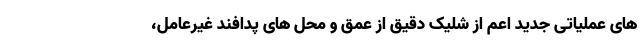
های عملیاتی جدید اعم از شلیک دقیق از عمق و محل های پدافند غیرعامل،